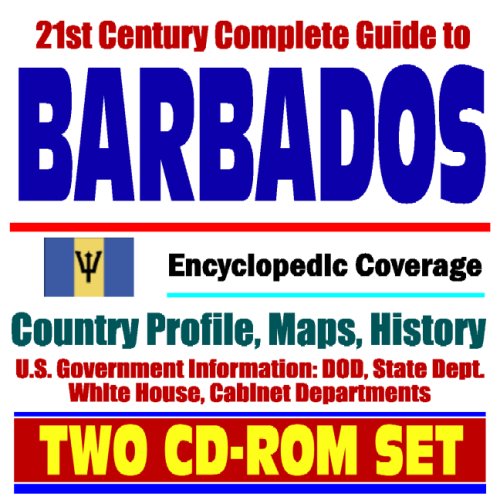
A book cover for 21st Century Complete Guide to Barbados - Encyclopedic Coverage, Country Profile, History, DOD, State Dept., White House, CIA Factbook (Two CD-ROM Set); U.S. Government; Travel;